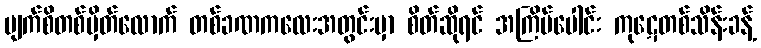
မျက်စိတစ်မှိတ်လောက် တစ်ခဏကလေးအတွင်းမှာ စိတ်ဆိုရင် အကြိမ်ပေါင်း ကုဋေတစ်သိန်းခန့်